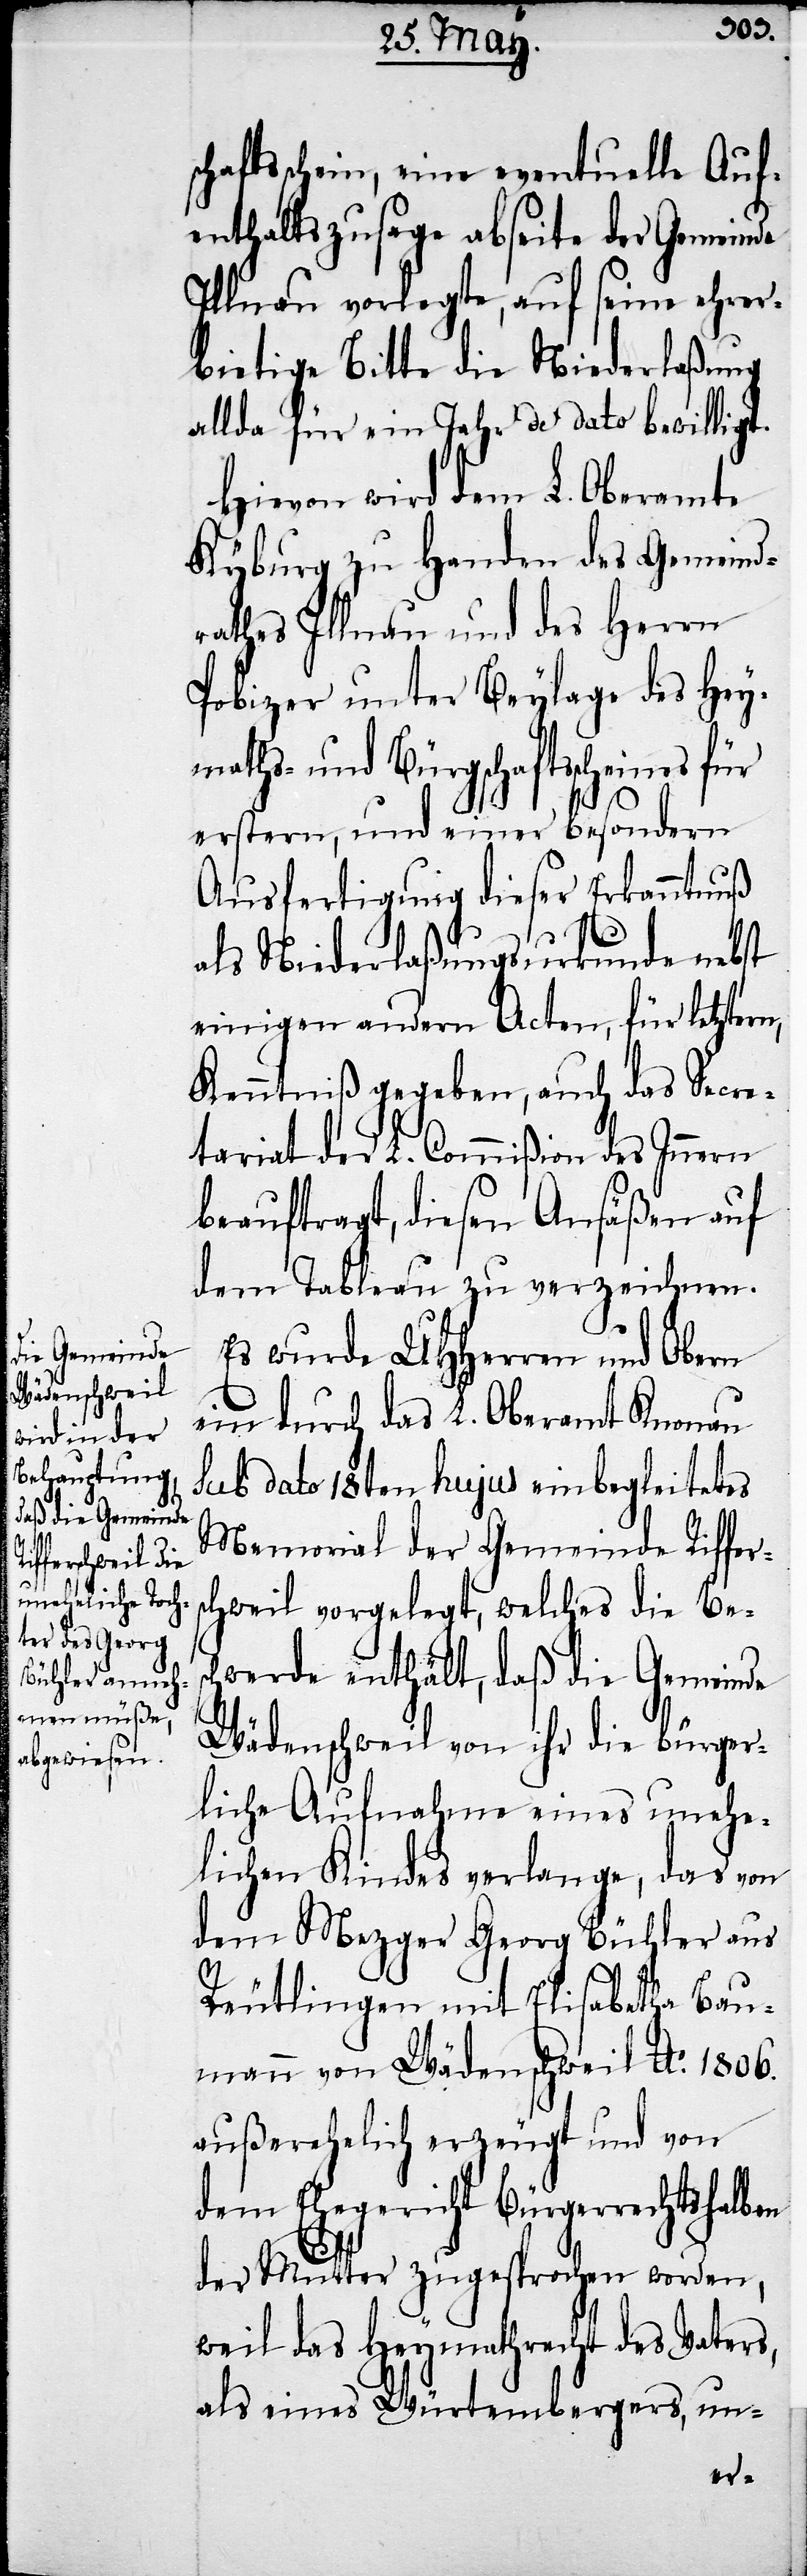
schaftsschein, eine eventuelle Auf¬
enthaltszusage abseite der Gemeinde
Illnau vorlegte, auf seine ehrer¬
bietige Bitte die Niederlaßung
allda für ein Jahr de dato bewilligt.
Hievon wird dem L. Oberamte
Kyburg zu Handen des Gemeind¬
rathes Illnau und des Herrn
Pobizer unter Beylage des Hey¬
maths- und Bürgschaftsscheines für
erstern, und einer besondern
Ausfertigung dieser Erkanntnuß
als Niederlaßungsurkunde nebst
einigen andern Acten, für letztern,
Kenntniß gegeben, auch das Secre¬
tariat der L. Commißion des Innern
beauftragt, diesen Ansäßen auf
dem Tableau zu verzeichnen
Es wurde UHHerren und Obern
ein durch das L. Oberamt Knonau
sub dato 18ten hujus einbegleitetes
Memorial der Gemeinde Riffer¬
schweil vorgelegt, welches die Bes¬
chwerde enthält, daß die Gemeinde
Wädenschweil von ihr die Bürger¬
liche Aufnahme eines unehe¬
lichen Kindes verlange, das von
dem Mezger Georg Bühler aus
Reutlingen mit Elisabetha Bau¬
mann von Wädenschweil Ao. 1806.
außerehelich erzeugt und von
dem Ehegericht Bürgerrechtshalben
der Mutter zugesprochen worden,
weil das Heymathrecht des Vaters,
als eines Würtembergers, un-